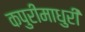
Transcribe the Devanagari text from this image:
कपुरीमाधुरी